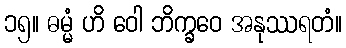
၁၅။ ဓမ္မံ ဟိ ဝေါ ဘိက္ခဝေ အနုဿရတံ။